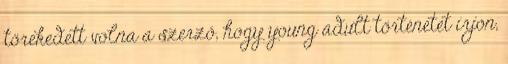
törekedett volna a szerző, hogy young adult történetet írjon,